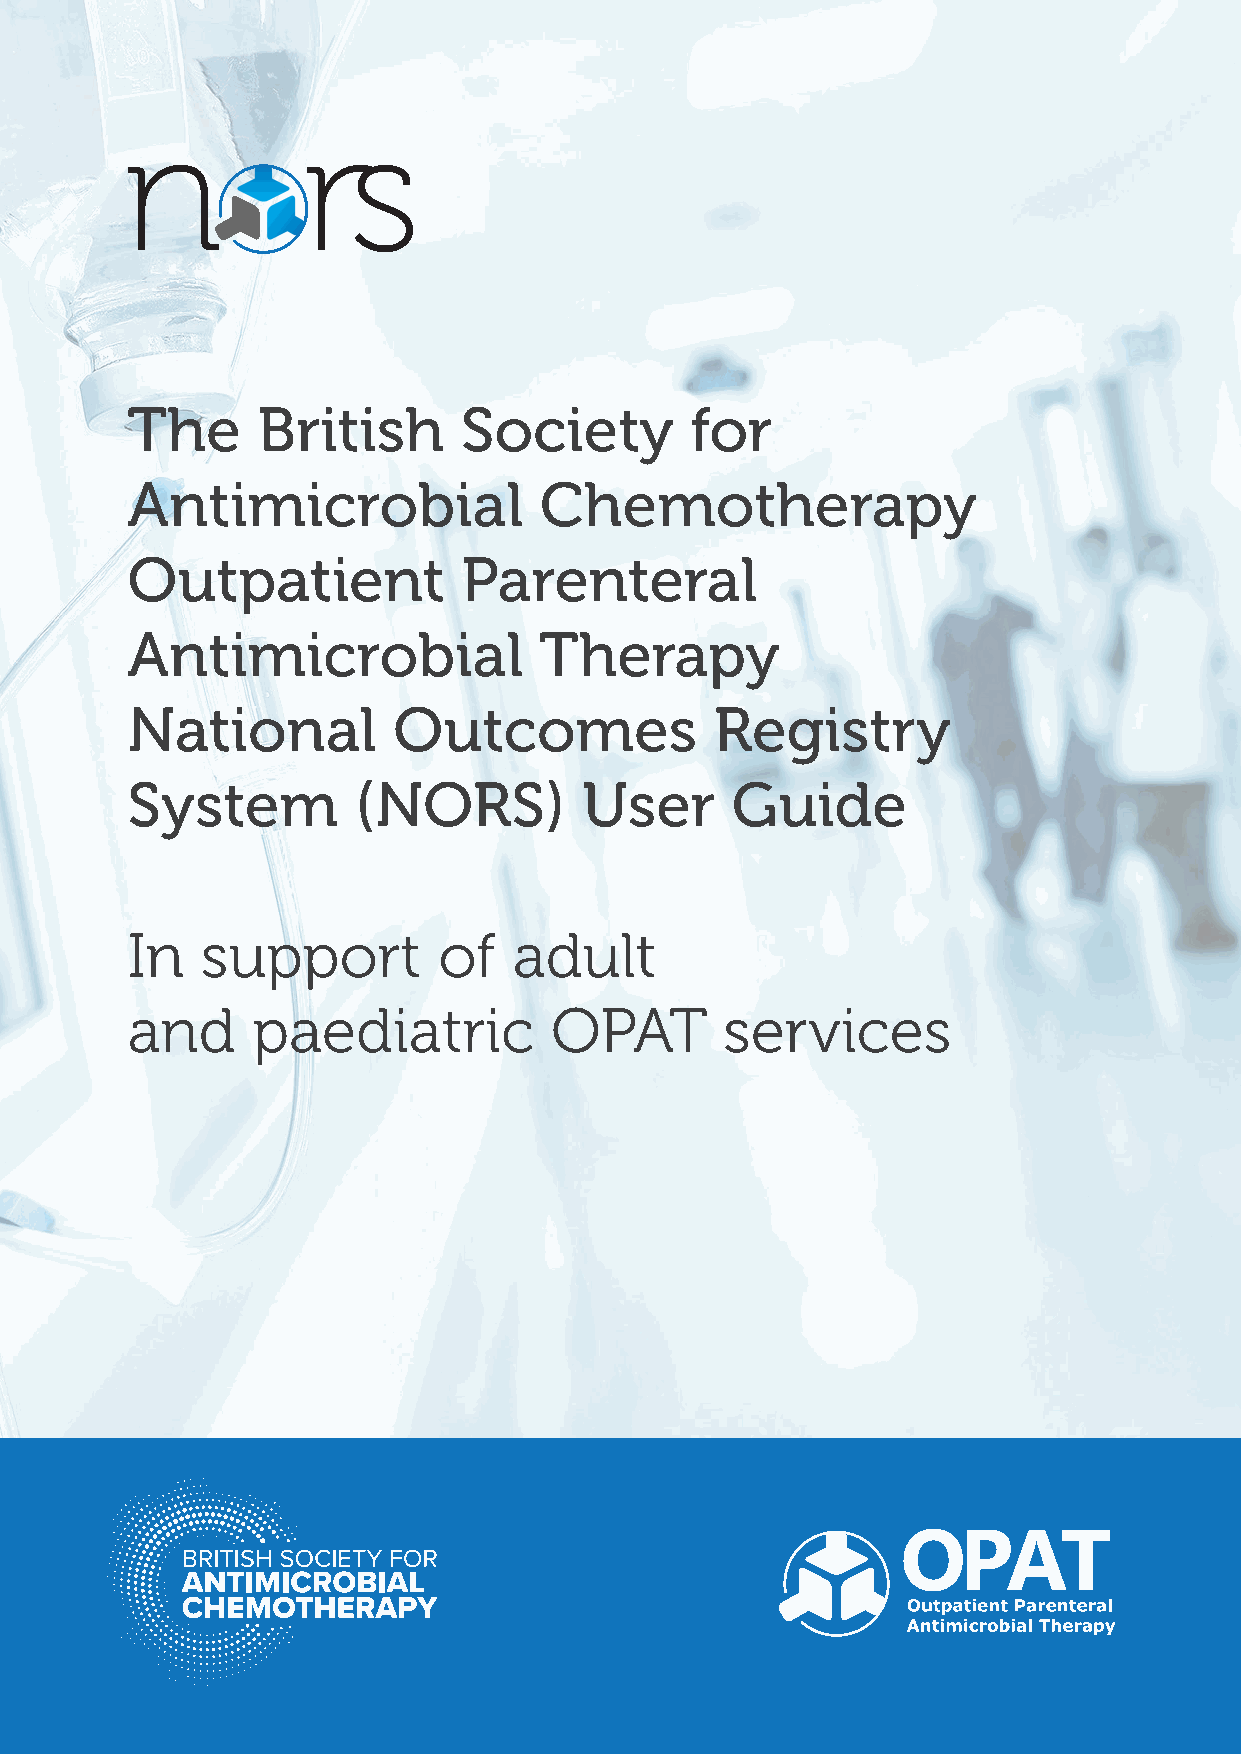
The      British      Society         for
 Antimicrobial               Chemotherapy
 Outpatient             Parenteral
 Antimicrobial               Therapy
 National          Outcomes             Registry
 System         (NORS)          User     Guide
 In   support         of   adult
 and      paediatric         OPAT        services